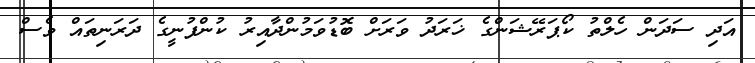
އަދި ސަދަން ހެލްތު ކޯޕަރޭޝަންގެ ޚަރަދު ވަރަށް ބޮޑުވަމުންދާއިރު ކުންފުނީގެ ދަރަނިތައް ވެސް